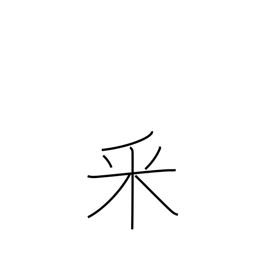
Meaning: topped rice radical (no. 165)